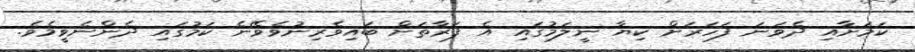
ކަމަށާއި ދެވަނަ ފަހަރަށް ކިޔާ ނީލަމުގައި އެ ފަރާތަށް ބައިވެރިނުވެވޭނެ ކަމުގައި ދެންނެވީމެވެ.